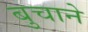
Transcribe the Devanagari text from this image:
बुचाने